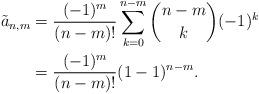
LaTeX: \begin{align*} \tilde{a}_{n,m}&=\frac{(-1)^m}{(n-m)!}\sum_{k=0}^{n-m}\binom{n-m}{k}(-1)^k\\&=\frac{(-1)^m}{(n-m)!}(1-1)^{n-m}.\end{align*}